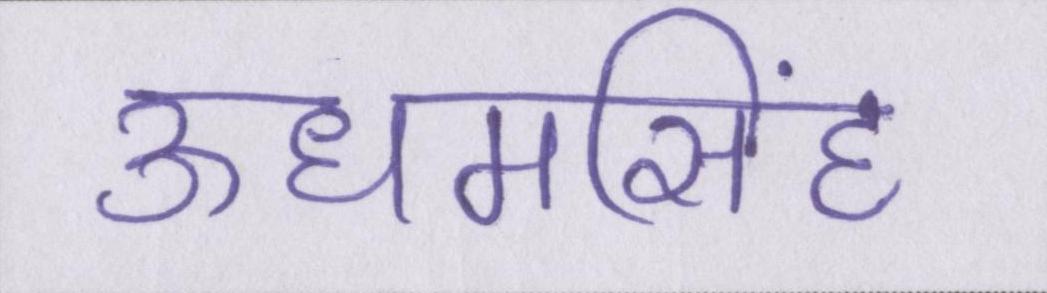
ऊधमसिंह